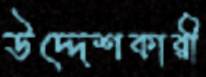
উদ্দেশকারী